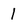
Character: 1